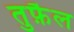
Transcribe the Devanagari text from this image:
तुफ़ैल